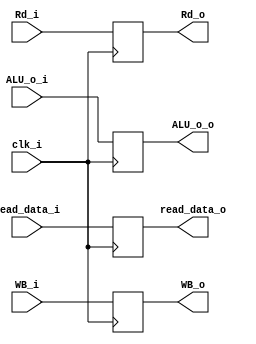
module MEM_WB
(
	clk_i,
	WB_i,
	read_data_i, ALU_o_i,
	Rd_i,

	WB_o,
	read_data_o, ALU_o_o,
	Rd_o
);

input clk_i;
input [1:0] WB_i;
input [31:0] read_data_i, ALU_o_i;
input [4:0] Rd_i;

output reg [1:0] WB_o;
output reg [31:0] read_data_o, ALU_o_o;
output reg [4:0] Rd_o;

always @(posedge clk_i) begin
	WB_o<=WB_i;
	Rd_o<=Rd_i;
	read_data_o <= read_data_i;
	ALU_o_o<=ALU_o_i;
end

endmodule